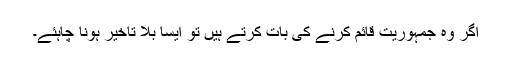
اگر وہ جمہوریت قائم کرنے کی بات کرتے ہیں تو ایسا بلا تاخیر ہونا چاہئے۔